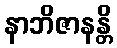
နာဘိဇာနန္တိ